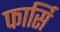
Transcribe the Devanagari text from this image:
फार्सि